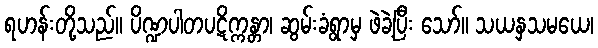
ရဟန်းတို့သည်။ ပိဏ္ဍပါတပဋိက္ကန္တာ၊ ဆွမ်းခံရွာမှ ဖဲခဲ့ပြီး သော်။ သယနှသမယေ၊